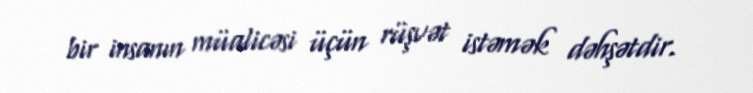
bir insanın müalicəsi üçün rüşvət istəmək dəhşətdir.